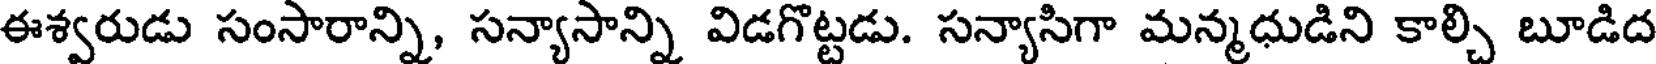
ఈశ్వరుడు సంసారాన్ని, సన్యాసాన్ని విడగొట్టడు. సన్యాసిగా మన్మధుడిని కాల్చి బూడిద